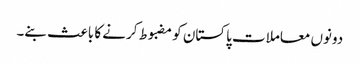
دونوں معاملات پاکستان کو مضبوط کرنے کا باعث بنے۔